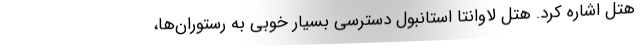
هتل اشاره کرد. هتل لاوانتا استانبول دسترسی بسیار خوبی به رستوران‌ها،